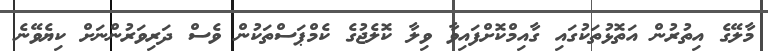
މާލޭގެ އިތުރުން އަތޮޅުތަކުގައި ގާއިމްކޮށްފައިވާ ވިލާ ކޮލެޖުގެ ކެމްޕަސްތަކުން ވެސް ދަރިވަރުންނަށް ކިޔެވޭނެ